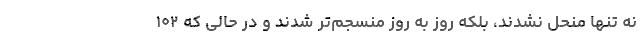
نه تنها منحل نشدند، بلکه روز به روز منسجم‌تر شدند و در حالی که ۱۰۲